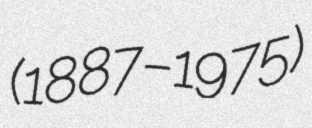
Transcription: (1887–1975)